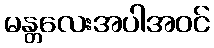
မန္တလေးအပါအဝင်